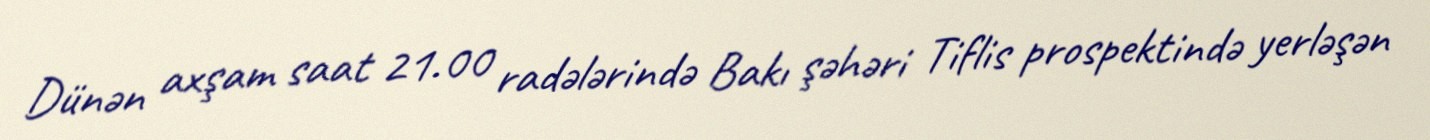
Dünən axşam saat 21.00 radələrində Bakı şəhəri Tiflis prospektində yerləşən